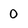
Character: 0